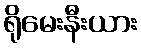
ရိုမေးနီးယား